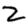
Digit: 2